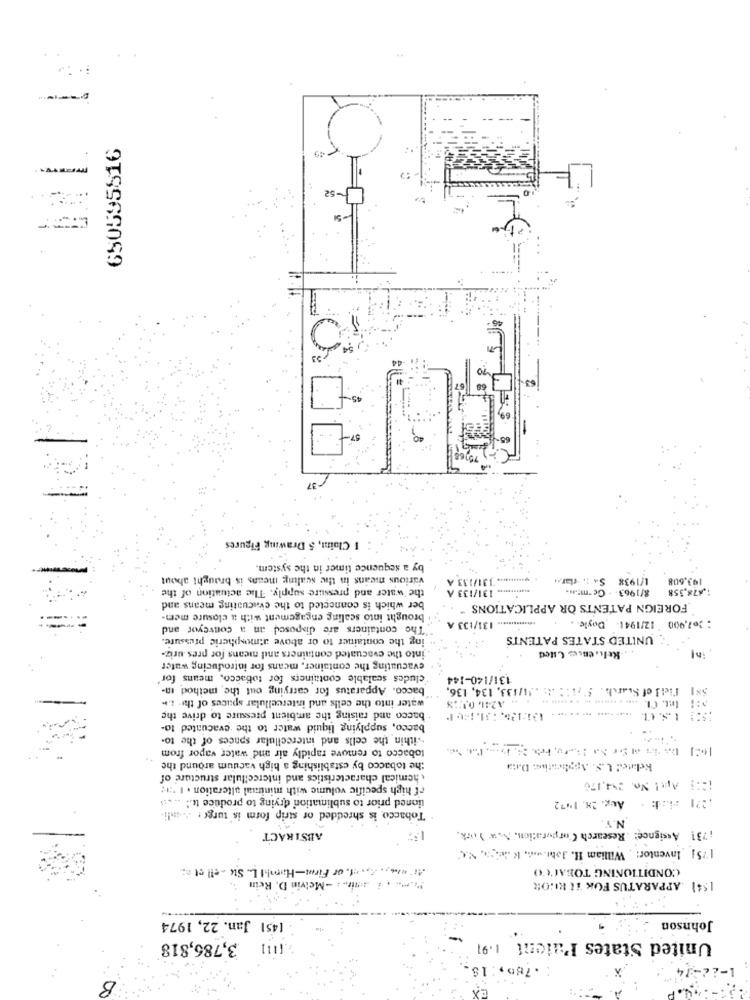
650595816
-52
44
I Claim, 5 Drawing Figures
by a sequence timer in the system.
various means in the scaling means is brought about
.131/133 A
1/1938 Sa :. clar ..
193,608
the water and pressure supply. The actuation of the
131/133 A
8/1963. - Ge-m :...
1,878.358
ber which is connected to the evacuating means and
FOREIGN PATENTS OR APPLICATIONS "
brought into scaling engagement with a closure mem-
12/1941. Doyle ..
:207,900
The containers are disposed an a conveyor and
**********.. 131/133
ing the container to or above atmospheric pressure.
UNITED STATES PATENTS
into the evacuated containers and means for pres uriz-
in
. .. Keh. enses Cited
evacuating the container, means for introducing water
cludes scalable containers for tobacco, means for'
131/140-144
bacco. Apparatus for carrying out the method In-
Viel of Search. 5' ,1:2 A: . 14/133, 134, 136.
water into the cells and intercellular spaces of the t ...
.... . ....... .. . ...... ..
2: Int. CL
A241 04:13
bacco and raising the ambient pressure to drive the
..... ..... ... . . ....
bacco, supplying liquid water to the evacuated to-
"within the cells and intercellular spaces of the to-
tobacco to remove rapidly air and water vapor from
the tobacco by establishing a high vacuum around the
Related U.S. Appbeitive Danta
chemical characteristics and intercellular structure of
rf high specific volume with minimal alteration . 1 :1;
12:5 Apr! No. 244,170
tioned prior to sublimation drying to produce to .. .. ...
Aug. 28. 1472
Tobacco is shredded or strip form is turge , . andli.
N.Y.
1731 Assignee: Research Corporation, New York.
ABSTRACT
175] Inventor: William H. Job. .... K ..., S.A.'
Ar wie ,. ,, et. of Firet-Hamil L. Ste - ell ct :
CONDITIONING TOBACCO
" ... . i .i .: - Melvin D. Rein
1.54) APPARATUS FOR IL REOR
[451 Jan. 22, 1974
Johnson
-
United States Patent 1.91
2.(111 3,786,818
: . 785, : 18.
-22-14
B
CA